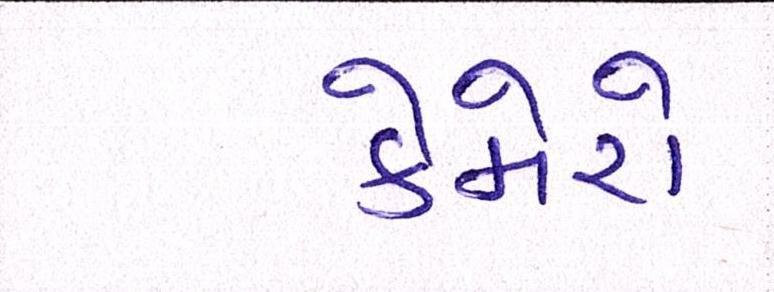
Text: કેમેરો